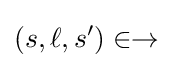
(s,\ell ,s')\in \rightarrow